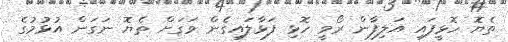
ތެޔޮ ހޮޅީފައި އަލިފާން ރޯވީ ހޮޅި ފަޅާލައިގެން ވަގަށް ތެޔޮ ނަގަން އުޅުމުގެ